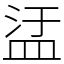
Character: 盓